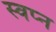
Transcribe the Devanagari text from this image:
स्‍वप्‍न